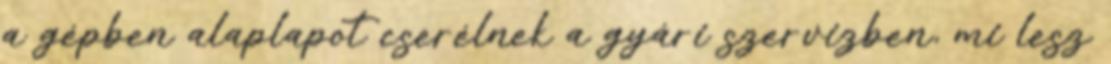
a gépben alaplapot cserélnek a gyári szervizben, mi lesz